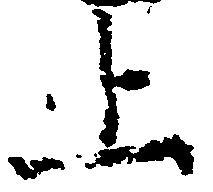
上